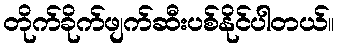
တိုက်ခိုက်ဖျက်ဆီးပစ်နိုင်ပါတယ်။